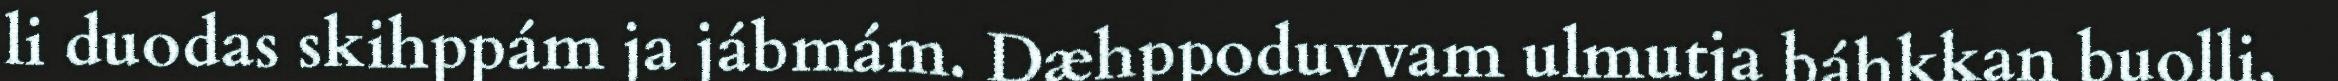
li duodas skihppám ja jábmám. Dæhppoduvvam ulmutja báhkkan buolli,